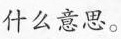
什么意思。